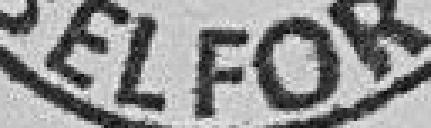
Belfort